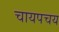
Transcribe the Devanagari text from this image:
चायपचय